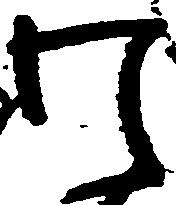
わ